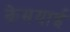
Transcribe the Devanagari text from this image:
केमयाई